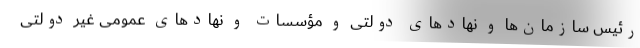
رئیس سازمان‌ها و نهادهای دولتی و مؤسسات و نهادهای عمومی غیر دولتی